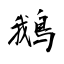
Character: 鵝